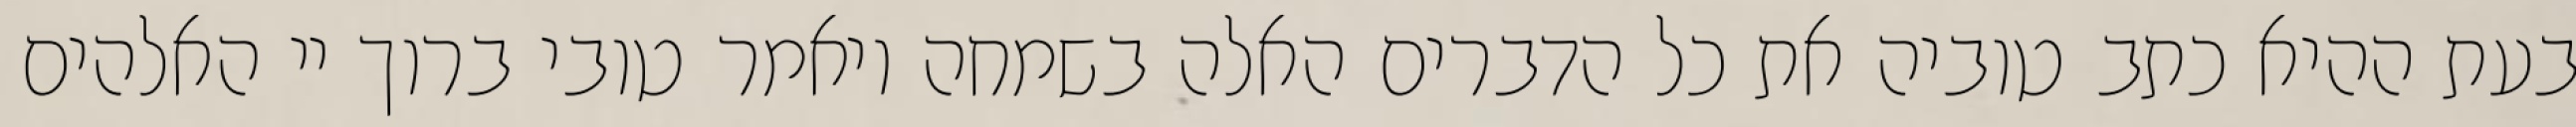
בעת ההיא כתב טוביה את כל הדברים האלה בשמחה ויאמר טובי ברוך יי האלהים